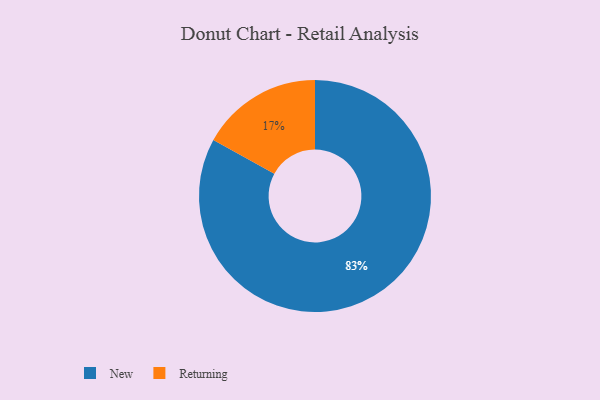
{"axis": {"x": "Category", "y": "Percentage"}, "legend": ["New", "Returning"], "data": [{"x": "Returning", "y": 17, "type": "Returning"}, {"x": "New", "y": 83, "type": "New"}]}